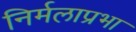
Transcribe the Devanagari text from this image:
निर्मलाप्रभा